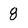
Character: 8